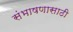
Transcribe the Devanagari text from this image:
संभाषणासाठी